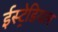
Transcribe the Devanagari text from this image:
ईस्ट्रेडियल